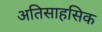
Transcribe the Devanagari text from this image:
अतिसाहसिक